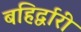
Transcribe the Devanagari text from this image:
बहिर्द्वारीं